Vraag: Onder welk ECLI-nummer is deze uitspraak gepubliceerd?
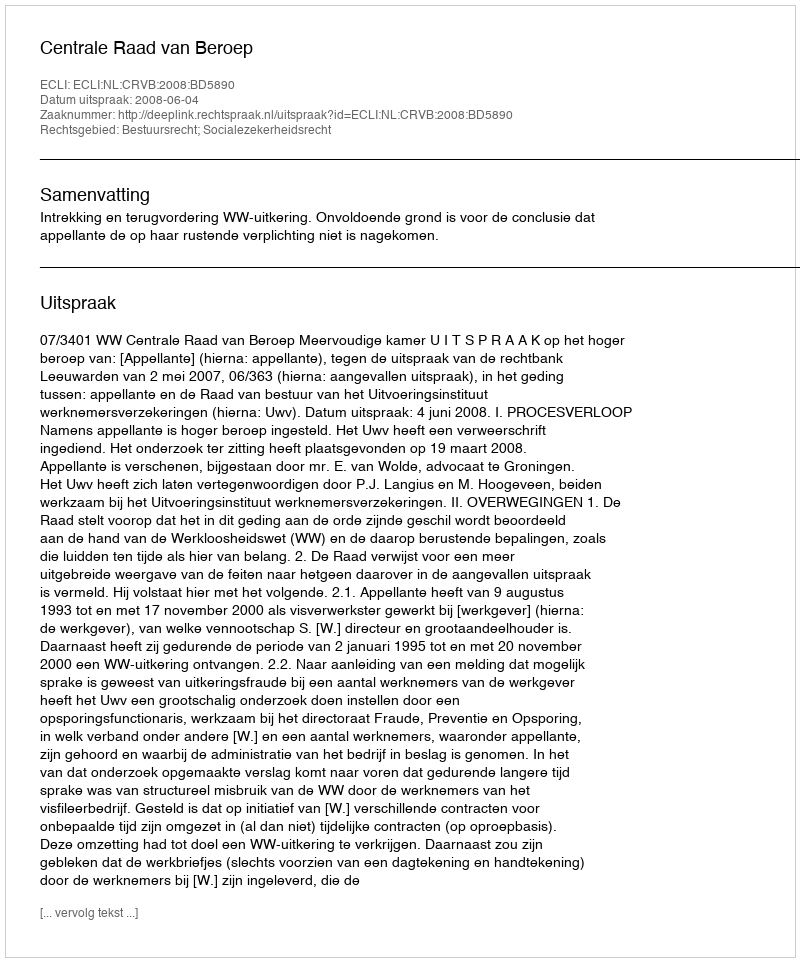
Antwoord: ECLI:NL:CRVB:2008:BD5890